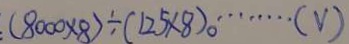
: ( 8 0 0 0 \times 8 ) \div ( 1 2 5 \times 8 ) 。 \cdots ( V )